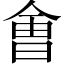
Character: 㑹